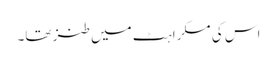
اس کی مسکراہٹ میں طنز تھا۔